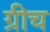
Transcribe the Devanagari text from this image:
ग्रीच